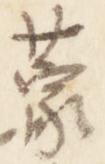
蒙